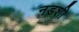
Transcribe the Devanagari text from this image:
नडशी